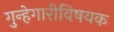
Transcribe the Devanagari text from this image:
गुन्हेगारीविषयक